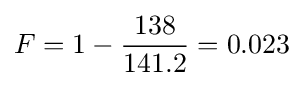
F=1-{138 \over 141.2}=0.023